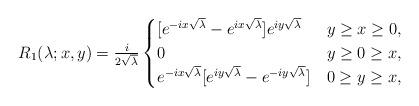
LaTeX: \begin{align*}R_1(\lambda;x,y) = \tfrac{i}{2\sqrt{\lambda}} \begin{cases} [e^{-ix\sqrt{\lambda}}-e^{ix\sqrt{\lambda}}]e^{iy\sqrt{\lambda}} & y\geq x \geq 0, \\0 & y\geq 0\geq x,\\e^{-ix\sqrt{\lambda}}[e^{iy\sqrt{\lambda}}-e^{-iy\sqrt{\lambda}}] & 0 \geq y\geq x,\end{cases}\end{align*}